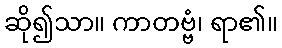
ဆို၍သာ။ ကာတဗ္ဗံ၊ ရာ၏။